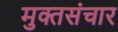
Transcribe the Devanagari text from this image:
मुक्तसंचार